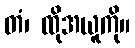
တံ၊ ထိုအယူကို။